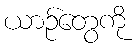
ယာဉ်တွေကို